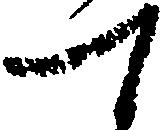
て